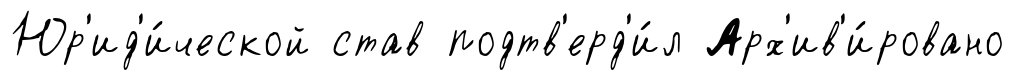
Юр'ид'и́ческой став подтв'ерд'и́л Арх'ив'и́ровано